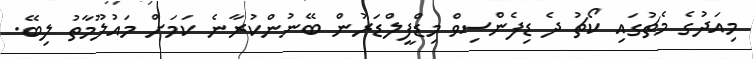
މިއަދުގެ މެޗުގައި ކޯޗު ދެ ޑިފެންސިވް މިޑްފީލްޑަރުން ބޭނުންކުރާނެ ކަމަށް މައުލޫމާތު ލިބޭ.